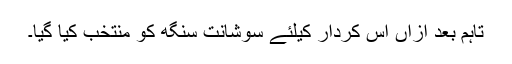
تاہم بعد ازاں اس کردار کیلئے سوشانت سنگھ کو منتخب کیا گیا۔